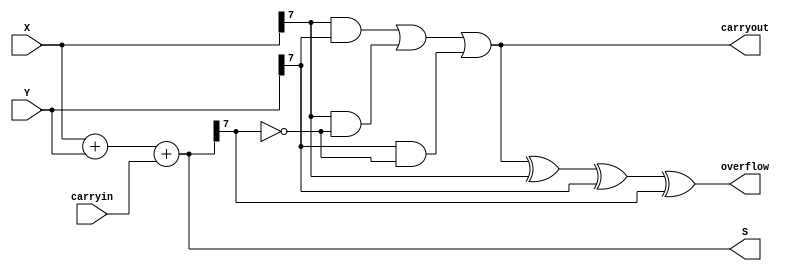
module adder (carryin, X, Y, S, carryout, overflow);
	parameter n = 8;
	input carryin;
	input [n-1:0] X, Y;
	output reg [n-1:0] S;
	output reg carryout, overflow;
	always @(X, Y, carryin)
	begin
		
		
		S = X + Y + carryin;
		carryout = (X[n-1] & Y[n-1]) | (X[n-1] & ~S[n-1]) | (Y[n-1] & ~S[n-1]);                                                             
		overflow = carryout ^ X[n-1] ^ Y[n-1] ^ S[n-1];
		
		
	end

endmodule